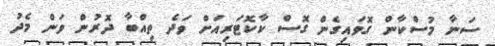
ސަނާ މުސްކާން ގޮވައިގެން ގޮސް ކާކޮޓަރިއަށް ވަދެ ތިއްބާ ދޮރުން ވަން މެދު